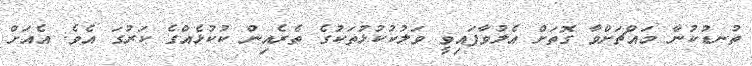
ތުނޑުކުނާ މައްޗަށްވާ ގޮތަށް އެލުވާފައިވީ ވަލުކުކުޅުތަކުގެ ތެރެއިން ކުކުޅެއްގެ ކަރުގަ އެވެ. އެއަށް